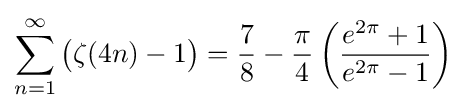
\sum _{n=1}^{\infty }{\bigl (}\zeta (4n)-1{\bigr )}={\frac {7}{8}}-{\frac {\pi }{4}}\left({\frac {e^{2\pi }+1}{e^{2\pi }-1}}\right)